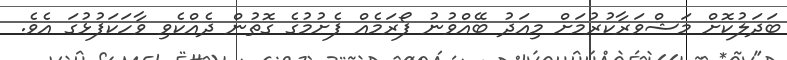
ބަދަލުކޮށް މަޝްވަރާކުރުމަށް މިއަދު ބޭއްވުނު ފޯރަމެއް ފެށުމުގެ ގޮތުން ދެއްކެވި ވާހަކަފުޅުގަ އެވެ.